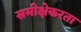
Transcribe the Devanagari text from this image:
समीक्षेकरता